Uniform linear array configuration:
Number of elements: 24
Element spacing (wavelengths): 0.25
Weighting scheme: kaiser
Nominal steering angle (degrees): -60
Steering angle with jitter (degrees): -58.754
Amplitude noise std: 0.05
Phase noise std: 0.05

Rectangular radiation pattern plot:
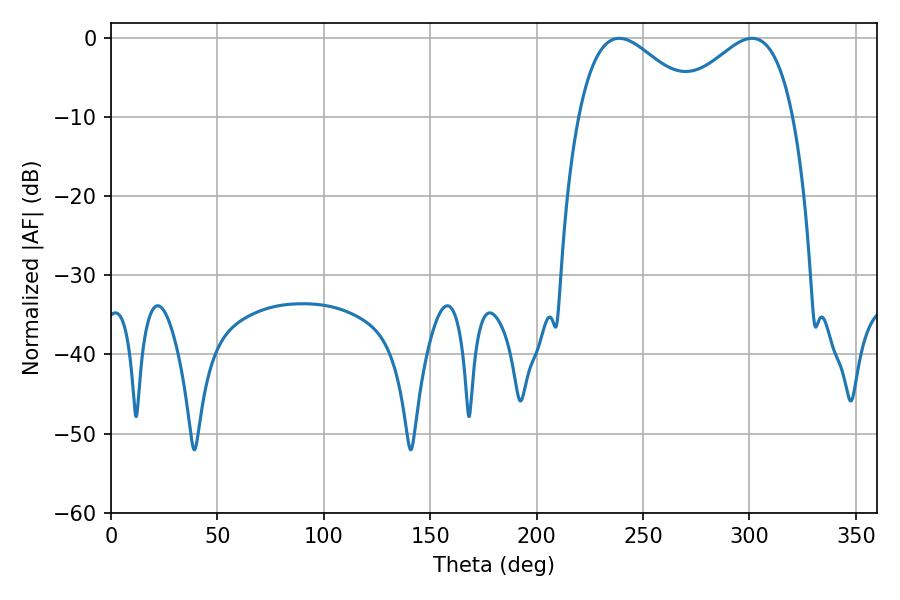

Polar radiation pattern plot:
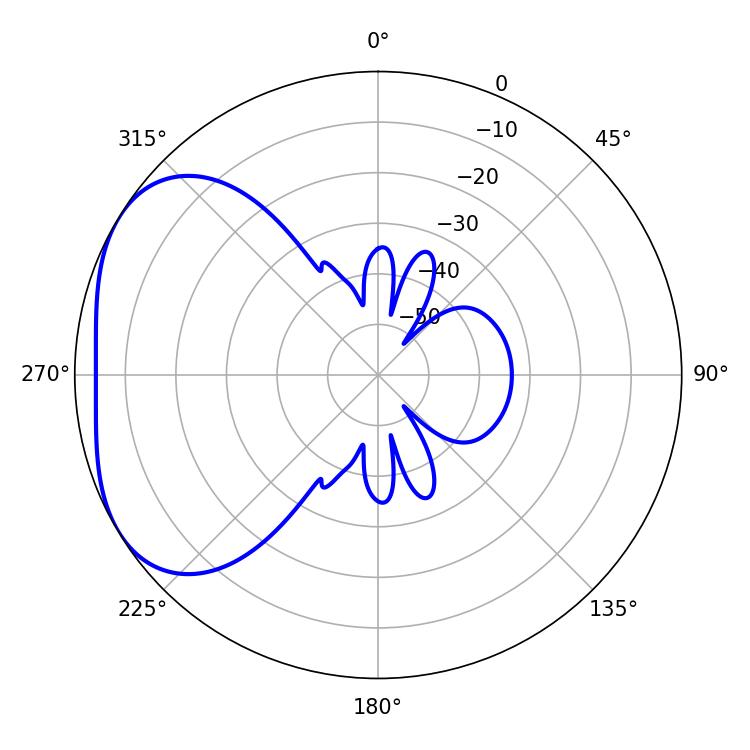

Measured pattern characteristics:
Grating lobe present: FALSE
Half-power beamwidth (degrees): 30.78
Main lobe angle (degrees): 238.86